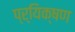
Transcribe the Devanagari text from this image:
प्र्यिक्षण